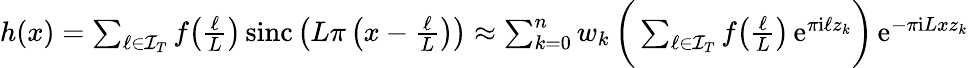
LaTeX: \begin{array}{r}{h(x)=\sum_{\ell\in\mathcal I_{T}}f\big(\frac{\ell}{L}\big)\, \mathrm{sinc}\left(L\pi\left(x-\frac{\ell}{L}\right)\right)\approx\sum_{k=0}^{n}w_{k}\, \bigg(\sum_{\ell\in\mathcal I_{T}}f\big(\frac{\ell}{L}\big)\, \mathrm e^{\pi\mathrm i\ell z_{k}}\bigg)\, \mathrm e^{-\pi\mathrm iLxz_{k}}}\end{array}